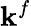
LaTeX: \mathbf{k}^{f}